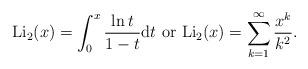
LaTeX: \begin{align*} \mathrm{Li}_2(x) = \int_{0}^{x} \frac{\ln t }{1-t} \mathrm{d}t \mbox{ or } \mathrm{Li}_2(x) = \sum_{k=1}^{\infty} \frac{x^k}{k^2}.\end{align*}